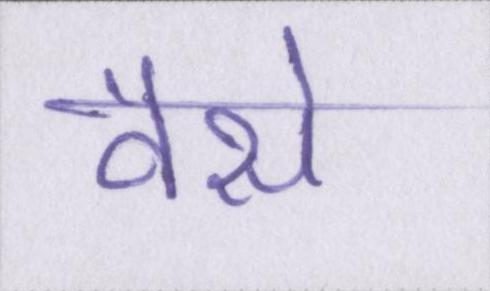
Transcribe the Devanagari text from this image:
वैसे